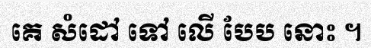
គេ សំដៅ ទៅ លើ បែប នោះ ។